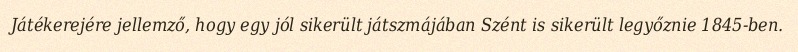
Játékerejére jellemző, hogy egy jól sikerült játszmájában Szént is sikerült legyőznie 1845-ben.